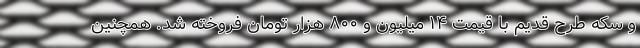
و سکه طرح قدیم با قیمت ۱۴ میلیون و ۸۰۰ هزار تومان فروخته شد. همچنین